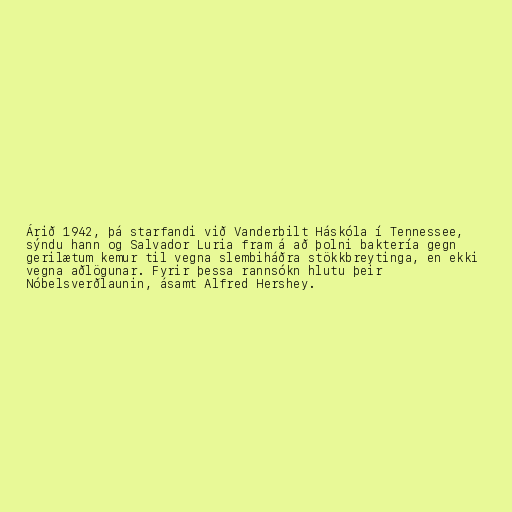
Árið 1942, þá starfandi við Vanderbilt Háskóla í Tennessee,
sýndu hann og Salvador Luria fram á að þolni baktería gegn
gerilætum kemur til vegna slembiháðra stökkbreytinga, en ekki
vegna aðlögunar. Fyrir þessa rannsókn hlutu þeir
Nóbelsverðlaunin, ásamt Alfred Hershey.